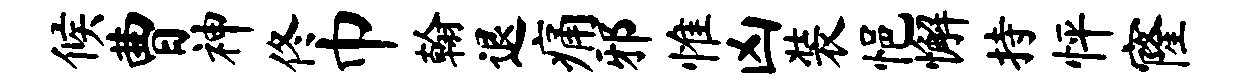
候曹神佟巾翰退痛邪惟凶装悒懈持怦窿